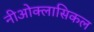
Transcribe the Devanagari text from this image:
नीओक्लासिकल